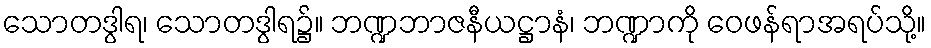
သောတဒွါရ၊ သောတဒွါရ၌။ ဘဏ္ဍဘာဇနီယဋ္ဌာနံ၊ ဘဏ္ဍာကို ဝေဖန်ရာအရပ်သို့။